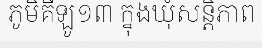
ភូមិគីឡូ១៣ ក្នុងឃុំសន្តិភាព